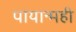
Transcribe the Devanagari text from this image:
पायान्मही